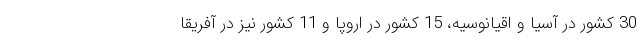
30 کشور در آسیا و اقیانوسیه، 15 کشور در اروپا و 11 کشور نیز در آفریقا